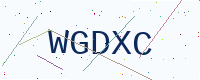
Text: WGDXC